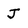
Character: J